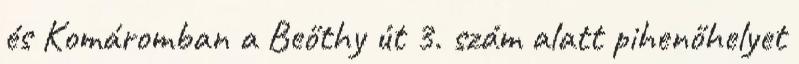
és Komáromban a Beőthy út 3. szám alatt pihenőhelyet